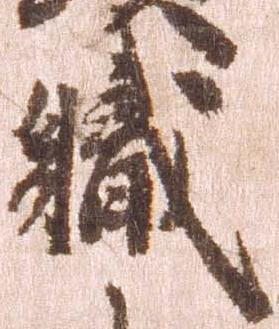
職